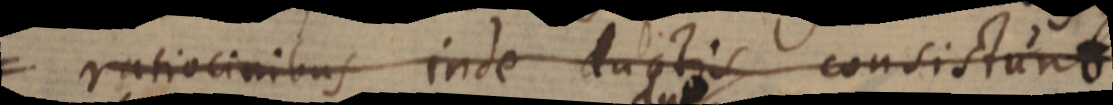
ratiocinibus inde ductis consistunt